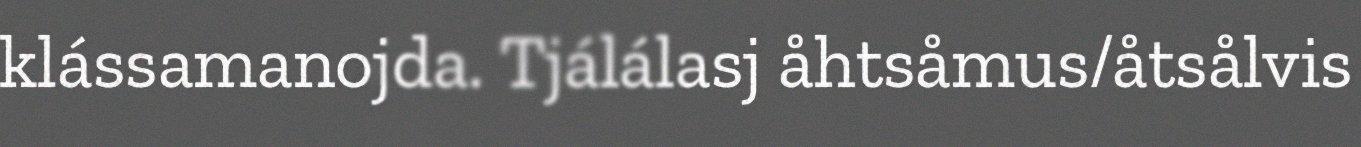
klássamanojda. Tjálálasj åhtsåmus/åtsålvis